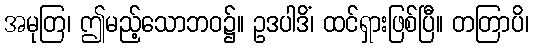
အမုတြ၊ ဤမည့်သောဘဝ၌။ ဥဒပါဒိံ၊ ထင်ရှားဖြစ်ပြီ။ တတြာပိ၊